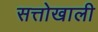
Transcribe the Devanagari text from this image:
सत्तोखाली